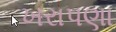
ખરાપણા